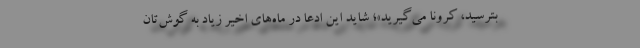
بترسید، کرونا می‌گیرید»؛ شاید این ادعا در ماه‌های اخیر زیاد به گوش‌تان